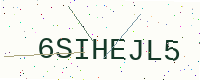
Text: 6SIHEJL5